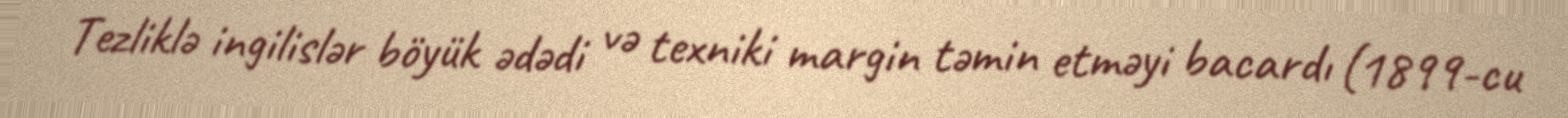
Tezliklə ingilislər böyük ədədi və texniki margin təmin etməyi bacardı (1899-cu